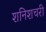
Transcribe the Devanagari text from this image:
शनिशचरी